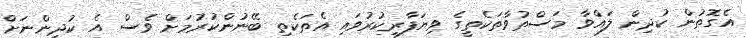
އެގޮތުން ކުދިން ލައްވާ މަސްތުވާތަކެތީގެ ވިޔަފާރިކުރުވައި އެތަކެތި ބޭނުންކުރުމަށް ވެސް އެ ކުދިންނަށް